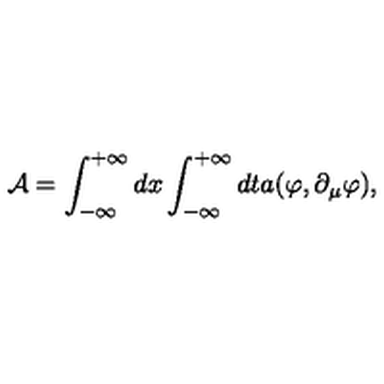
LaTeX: \mathcal { A } = \int _ { - \infty } ^ { + \infty } d x \int _ { - \infty } ^ { + \infty } d t a ( \varphi , \partial _ { \mu } \varphi ) ,